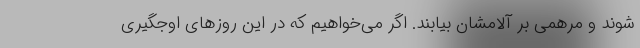
شوند و مرهمی بر آلامشان بیابند. اگر می‌خواهیم که در این روزهای اوجگیری